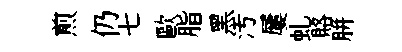
煎仍七歐脂黑汚屢虬賂胼